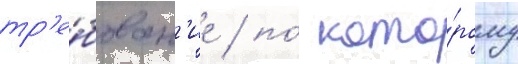
тр'е́бован'ие / по́ кото́рому